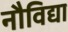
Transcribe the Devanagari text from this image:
नौविद्या